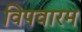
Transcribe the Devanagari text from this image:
विपवारम